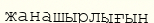
жанашырлығын